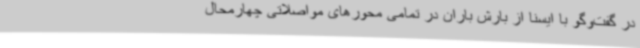
در گفت‌وگو با ایسنا از بارش باران در تمامی محورهای مواصلاتی چهارمحال